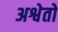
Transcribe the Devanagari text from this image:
अश्वेतो